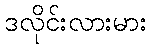
ဒလိုင်းလားမား